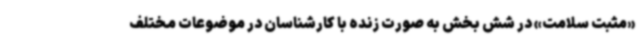
«مثبت سلامت» در شش بخش به صورت زنده با کارشناسان در موضوعات مختلف